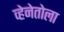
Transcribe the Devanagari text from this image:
व्हेनेतोला